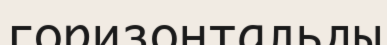
горизонтальды